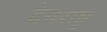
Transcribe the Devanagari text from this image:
देवराष्ट्र